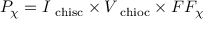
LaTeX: P _ { \chi } = I _ { \mathrm { \ c h i s c } } \times V _ { \mathrm { \ c h i o c } } \times F F _ { \chi }